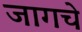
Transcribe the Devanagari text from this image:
जागचे